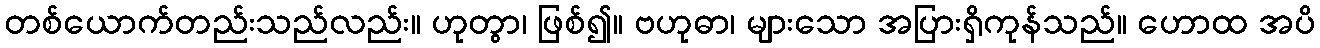
တစ်ယောက်တည်းသည်လည်း။ ဟုတွာ၊ ဖြစ်၍။ ဗဟုဓာ၊ များသော အပြားရှိကုန်သည်။ ဟောထ အပိ